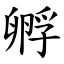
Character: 孵